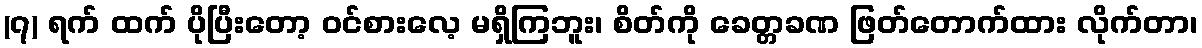
(၇) ရက် ထက် ပိုပြီးတော့ ဝင်စားလေ့ မရှိကြဘူး၊ စိတ်ကို ခေတ္တခဏ ဖြတ်တောက်ထား လိုက်တာ၊